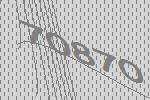
70870